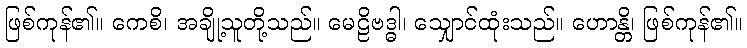
ဖြစ်ကုန်၏။ ကေစိ၊ အချို့သူတို့သည်။ မေဠိဗဒ္ဓါ၊ သျှောင်ထုံးသည်။ ဟောန္တိ၊ ဖြစ်ကုန်၏။